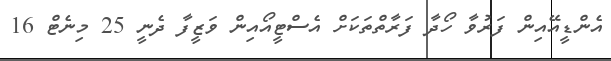
އެންޑީއޭއިން ފަރުވާ ހޯދާ ފަރާތްތަކަށް އެސްޓީއޯއިން ވަޒީފާ ދެނީ 25 މިނެޓް 16